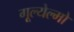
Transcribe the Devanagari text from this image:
गूल्येल्मो